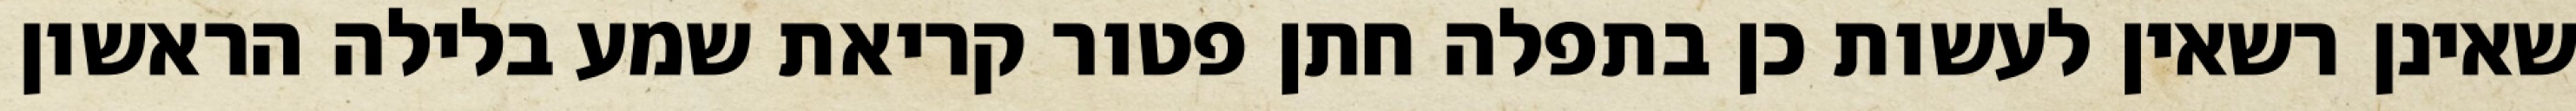
שאינן רשאין לעשות כן בתפלה חתן פטור קריאת שמע בלילה הראשון